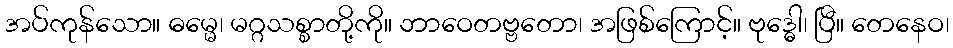
အပ်ကုန်သော။ ဓမ္မေ၊ မဂ္ဂသစ္စာတို့ကို။ ဘာဝေတဗ္ဗတော၊ အဖြစ်ကြောင့်။ ဗုဒ္ဓေါ၊ ပြီ။ တေနေဝ၊